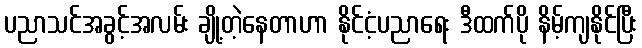
ပညာသင်အခွင့်အလမ်း ချို့တဲ့နေတာဟာ နိုင်ငံ့ပညာရေး ဒီထက်ပို နိမ့်ကျနိုင်ပြီး